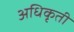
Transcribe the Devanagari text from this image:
अधिकृती